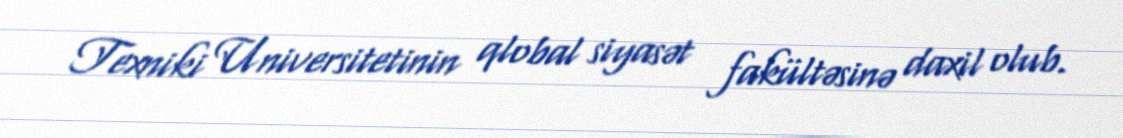
Texniki Universitetinin qlobal siyasət fakültəsinə daxil olub.